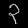
Digit: ၃